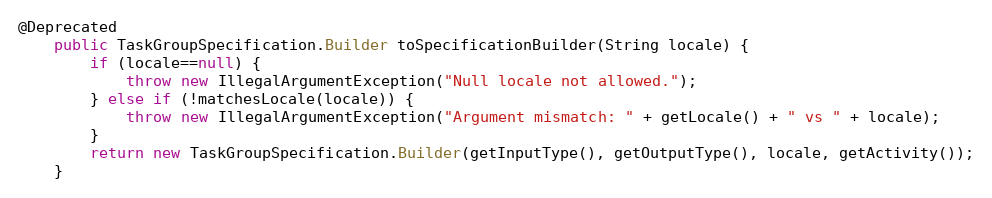
Language: Java
@Deprecated
	public TaskGroupSpecification.Builder toSpecificationBuilder(String locale) {
		if (locale==null) {
			throw new IllegalArgumentException("Null locale not allowed.");
		} else if (!matchesLocale(locale)) {
			throw new IllegalArgumentException("Argument mismatch: " + getLocale() + " vs " + locale);
		}
		return new TaskGroupSpecification.Builder(getInputType(), getOutputType(), locale, getActivity());
	}